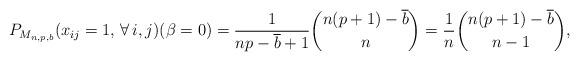
LaTeX: \begin{gather*}P_{M_{n,p,b}}(x_{ij}=1,\, \forall\, i,j)(\beta=0)= {\frac{1}{n p - \overline{b}+1}} {\binom{n(p+1) - \overline{b}}{n}} = {\frac{1}{n}} {\binom{n(p+1)-\overline{b}}{n-1}},\end{gather*}